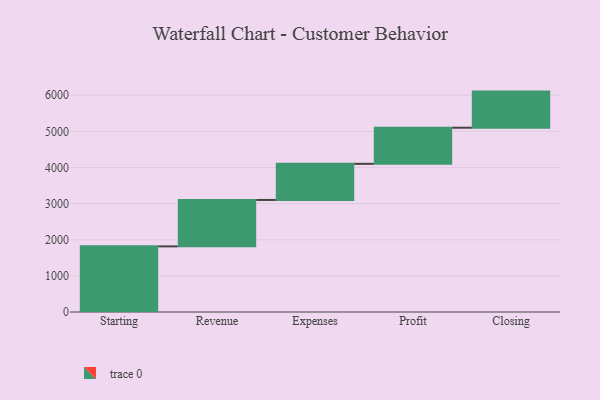
{"axis": {"x": "Step", "y": "Value"}, "legend": [""], "data": [{"x": "Starting", "y": 1817.0, "type": ""}, {"x": "Revenue", "y": 1285.0, "type": ""}, {"x": "Expenses", "y": 1000, "type": ""}, {"x": "Profit", "y": 1000, "type": ""}, {"x": "Closing", "y": 1000, "type": ""}]}